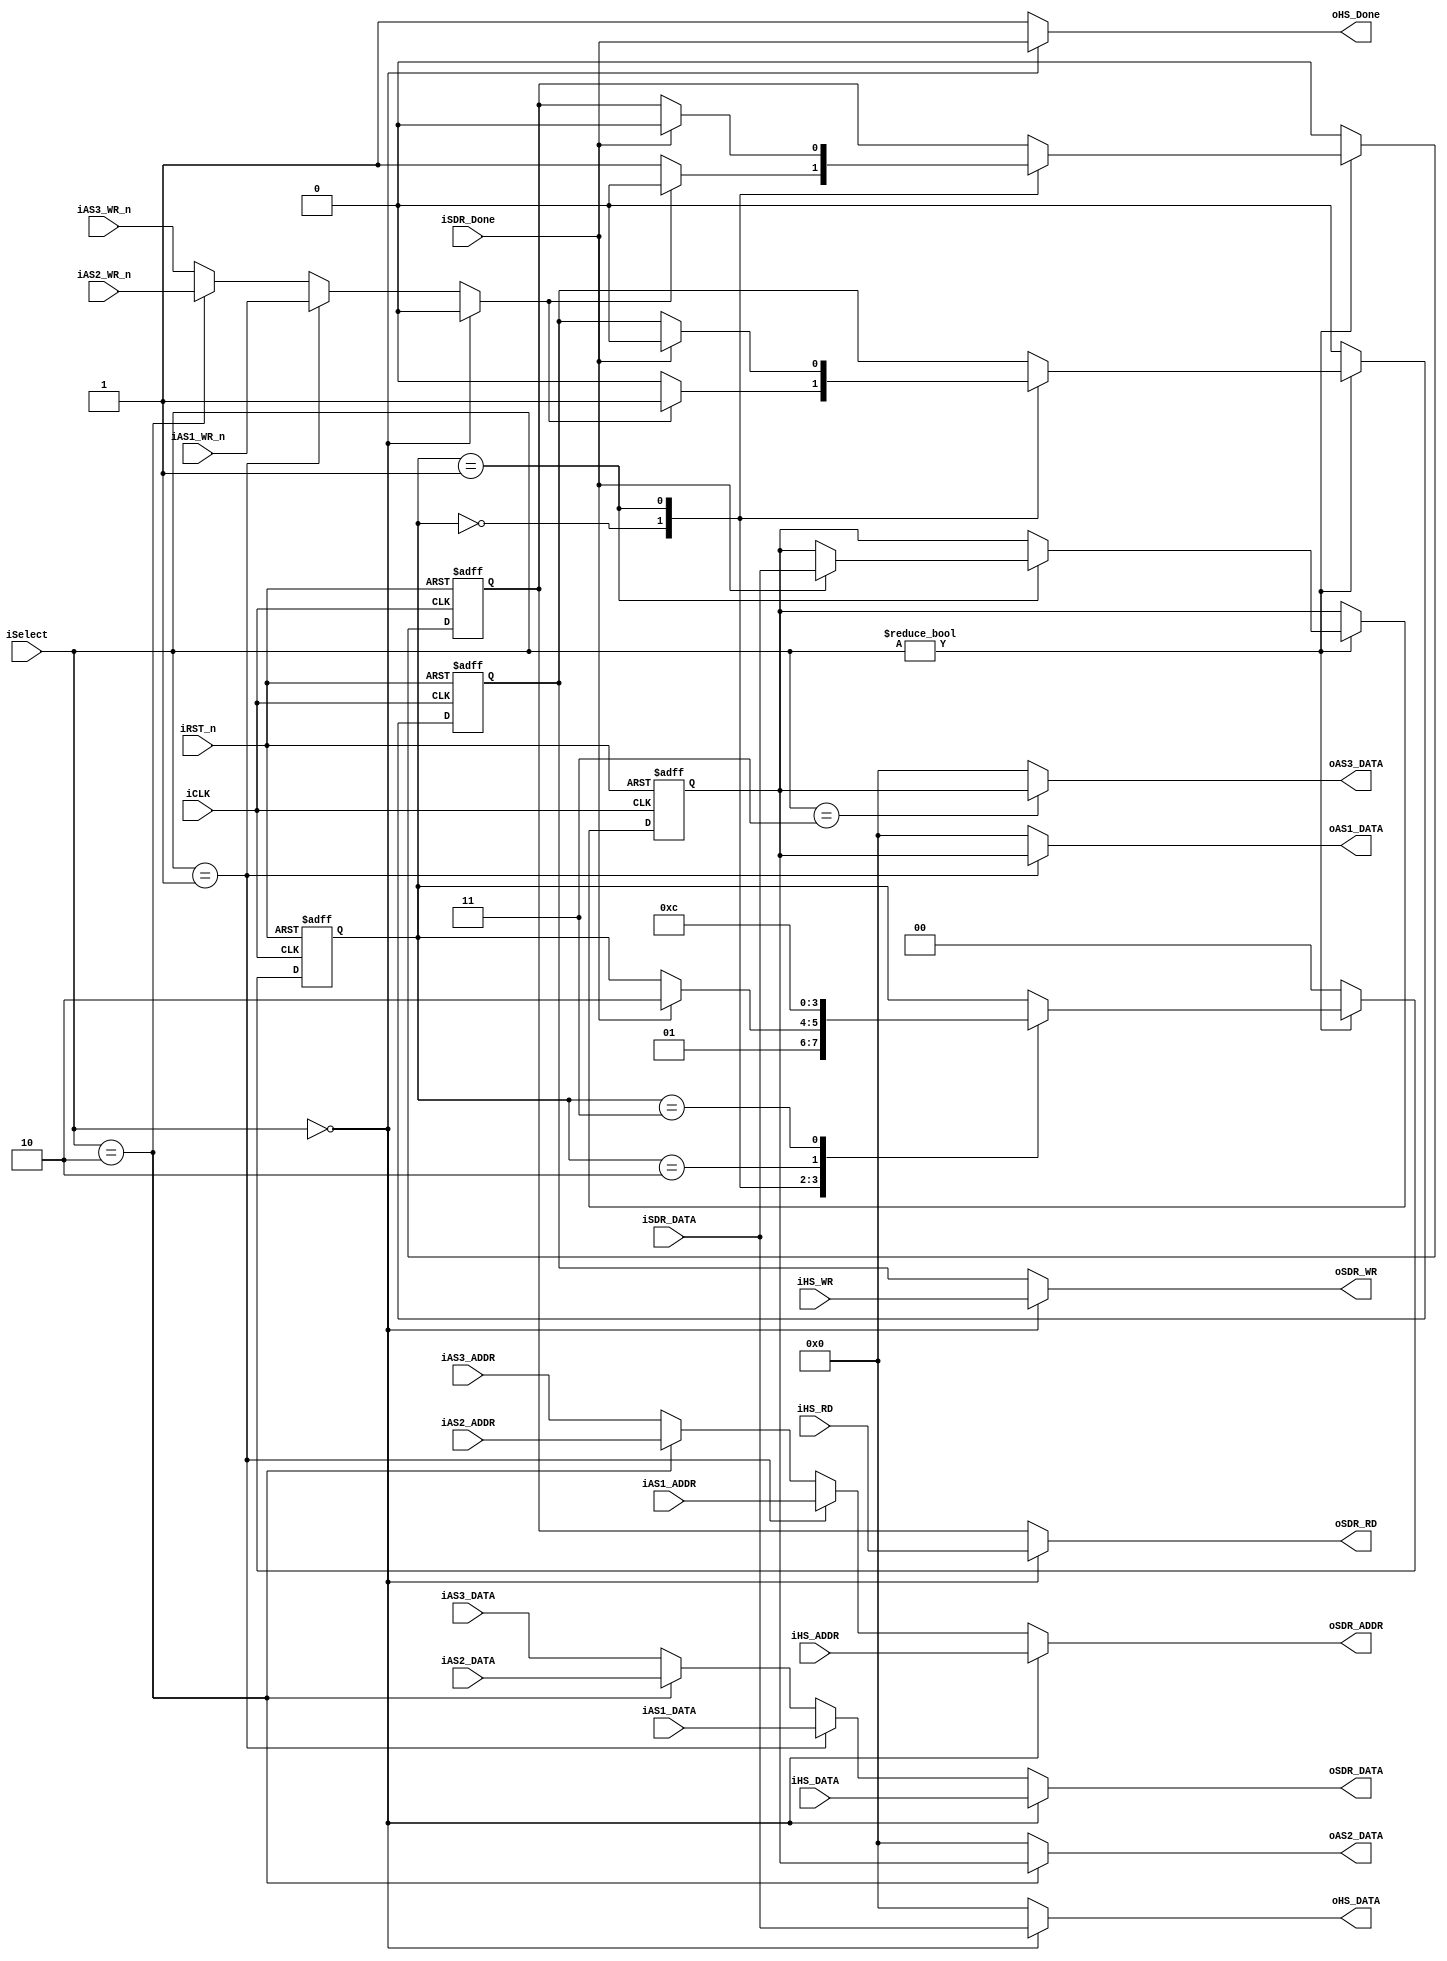
module Sdram_Multiplexer	(	//	Host Side
							oHS_DATA,iHS_DATA,iHS_ADDR,iHS_RD,iHS_WR,oHS_Done,
							//	Async Side 1
							oAS1_DATA,iAS1_DATA,iAS1_ADDR,iAS1_WR_n,
							//	Async Side 2
							oAS2_DATA,iAS2_DATA,iAS2_ADDR,iAS2_WR_n,
							//	Async Side 3
							oAS3_DATA,iAS3_DATA,iAS3_ADDR,iAS3_WR_n,
							//	SDRAM Side
							oSDR_DATA,iSDR_DATA,oSDR_ADDR,oSDR_RD,oSDR_WR,iSDR_Done,
							//	Control Signals
							iSelect,iCLK,iRST_n	);
//	Host Side
input	[21:0]	iHS_ADDR;
input	[15:0]	iHS_DATA;
input			iHS_RD;
input			iHS_WR;
output	[15:0]	oHS_DATA;
output			oHS_Done;
//	Async Side 1
input	[21:0]	iAS1_ADDR;
input	[15:0]	iAS1_DATA;
input			iAS1_WR_n;
output	[15:0]	oAS1_DATA;
//	Async Side 2
input	[21:0]	iAS2_ADDR;
input	[15:0]	iAS2_DATA;
input			iAS2_WR_n;
output	[15:0]	oAS2_DATA;
//	Async Side 3
input	[21:0]	iAS3_ADDR;
input	[15:0]	iAS3_DATA;
input			iAS3_WR_n;
output	[15:0]	oAS3_DATA;
//	SDRAM Side
input	[15:0]	iSDR_DATA;
input			iSDR_Done;
output	[21:0]	oSDR_ADDR;
output	[15:0]	oSDR_DATA;
output			oSDR_RD;
output			oSDR_WR;
//	Control Signals
input	[1:0]	iSelect;
input			iCLK;
input			iRST_n;
//	Internal Register
reg		[15:0]	mSDR_DATA;
reg		[1:0]	ST;
reg				mSDR_RD;
reg				mSDR_WR;
wire			mAS_WR_n;


//	Host Side Select
assign	oHS_DATA	=	(iSelect==0)	?	iSDR_DATA	:	16'h0000;
assign	oHS_Done	=	(iSelect==0)	?	iSDR_Done	:	1'b1	;
//	ASync Side
assign	oAS1_DATA	=	(iSelect==1)	?	mSDR_DATA	:	16'h0000;
assign	oAS2_DATA	=	(iSelect==2)	?	mSDR_DATA	:	16'h0000;
assign	oAS3_DATA	=	(iSelect==3)	?	mSDR_DATA	:	16'h0000;
//	SDRAM Side
assign	oSDR_DATA	=	(iSelect==0)	?	iHS_DATA	:
						(iSelect==1)	?	iAS1_DATA	:
						(iSelect==2)	?	iAS2_DATA	:
											iAS3_DATA	;
assign	oSDR_ADDR	= 	(iSelect==0)	?	iHS_ADDR	:
						(iSelect==1)	?	iAS1_ADDR	:
						(iSelect==2)	?	iAS2_ADDR	:
											iAS3_ADDR	;
assign	oSDR_RD		=	(iSelect==0)	?	iHS_RD		:	mSDR_RD	;
assign	oSDR_WR		=	(iSelect==0)	?	iHS_WR		:	mSDR_WR	;
//	Internal Async Write/Read Select
assign	mAS_WR_n	=	(iSelect==0)	?	1'b0		:
						(iSelect==1)	?	iAS1_WR_n	:
						(iSelect==2)	?	iAS2_WR_n	:
											iAS3_WR_n	;

//	Async Control & SDRAM Data Lock
always@(posedge iCLK or negedge iRST_n)
begin
	if(!iRST_n)
	begin
		mSDR_DATA<=0;
		mSDR_RD<=0;
		mSDR_WR<=0;
		ST<=0;
	end
	else
	begin
		if(iSelect!=0)
		begin
			case(ST)
			0:	begin
					if(mAS_WR_n)
					begin
						mSDR_RD<=0;
						mSDR_WR<=1;
					end
					else
					begin
						mSDR_RD<=1;
						mSDR_WR<=0;						
					end
					ST<=1;
				end
			1:	begin
					if(iSDR_Done)
					begin
						mSDR_DATA<=iSDR_DATA;
						mSDR_RD<=0;
						mSDR_WR<=0;
						ST<=2;
					end
				end
			2:	ST<=3;
			3:	ST<=0;
			endcase
		end
		else
		begin
			mSDR_RD<=0;
			mSDR_WR<=0;
			ST<=0;		
		end
	end
end
endmodule